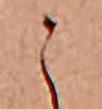
こ